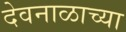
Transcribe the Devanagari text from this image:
देवनाळाच्या